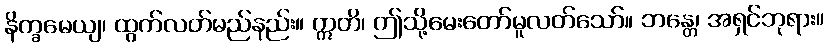
နိက္ခမေယျ၊ ထွက်လတ်မည်နည်း။ ဣတိ၊ ဤသို့မေးတော်မူလတ်သော်။ ဘန္တေ၊ အရှင်ဘုရား။